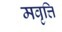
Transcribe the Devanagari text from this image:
मवृत्ति